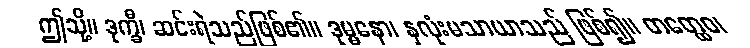
ဤသို့။ ဒုက္ခီ၊ ဆင်းရဲသည်ဖြစ်၏။ ဒုမ္မနော၊ နှလုံးမသာယာသည် ဖြစ်၍။ တတ္ထေဝ၊